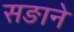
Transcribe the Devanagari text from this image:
सङाने